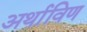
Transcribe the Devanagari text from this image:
अर्थाविण